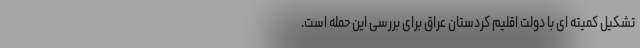
تشکیل کمیته ای با دولت اقلیم کردستان عراق برای بررسی این حمله است.